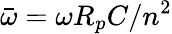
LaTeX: \bar{\omega}=\omega R_{p}C/n^{2}